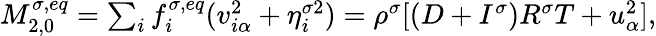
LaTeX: \begin{array}{r}{\begin{array}{r}{M_{2,0}^{\sigma,eq}=\sum_{i}f_{i}^{\sigma,eq}(v_{i\alpha}^{2}+\eta_{i}^{\sigma 2})=\rho^{\sigma}[(D+I^{\sigma})R^{\sigma}T+u_{\alpha}^{2}],}\end{array}}\end{array}